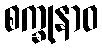
စက္ခုနာဝ